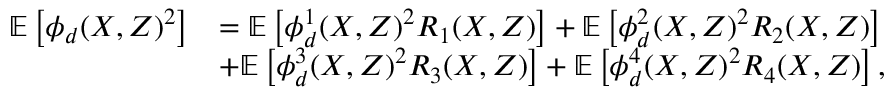
\begin{array} { r l } { \ensuremath { \mathbb { E } \left[ \phi _ { d } ( X , Z ) ^ { 2 } \right] } } & { = \ensuremath { \mathbb { E } \left[ \phi _ { d } ^ { 1 } ( X , Z ) ^ { 2 } R _ { 1 } ( X , Z ) \right] } + \ensuremath { \mathbb { E } \left[ \phi _ { d } ^ { 2 } ( X , Z ) ^ { 2 } R _ { 2 } ( X , Z ) \right] } } \\ & { + \ensuremath { \mathbb { E } \left[ \phi _ { d } ^ { 3 } ( X , Z ) ^ { 2 } R _ { 3 } ( X , Z ) \right] } + \ensuremath { \mathbb { E } \left[ \phi _ { d } ^ { 4 } ( X , Z ) ^ { 2 } R _ { 4 } ( X , Z ) \right] } , } \end{array}